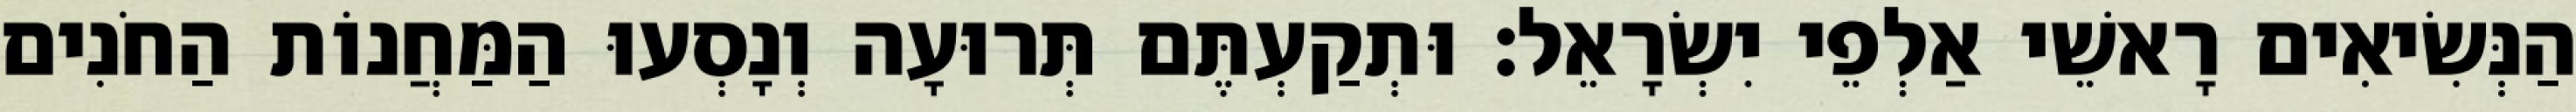
הַנְּשִׂיאִים רָאשֵׁי אַלְפֵי יִשְׂרָאֵל׃ וּתְקַעְתֶּם תְּרוּעָה וְנָסְעוּ הַמַּחֲנוֹת הַחֹנִים